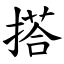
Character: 搭